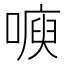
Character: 𭊙